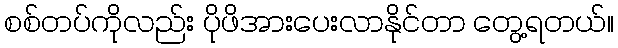
စစ်တပ်ကိုလည်း ပိုဖိအားပေးလာနိုင်တာ တွေ့ရတယ်။